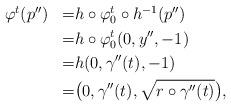
LaTeX: \begin{align*}\begin{aligned}\varphi^{t}(p'') & & = & h\circ\varphi_{0}^{t}\circ h^{-1}(p'')\\& & = & h\circ\varphi_{0}^{t}(0,y'',-1)\\& & = & h(0,\gamma''(t),-1)\\& & = & \big(0,\gamma''(t),\sqrt{r\circ\gamma''(t)}\big),\end{aligned}\end{align*}